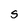
Character: S